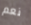
نعم